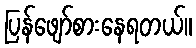
ပြန်ဖျော်စားနေရတယ်။